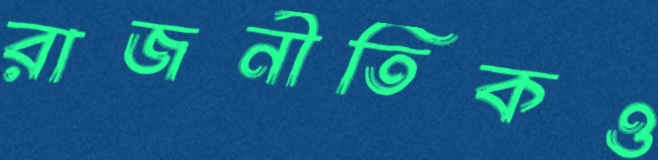
রাজনীতিকও